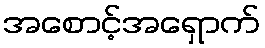
အစောင့်အရှောက်